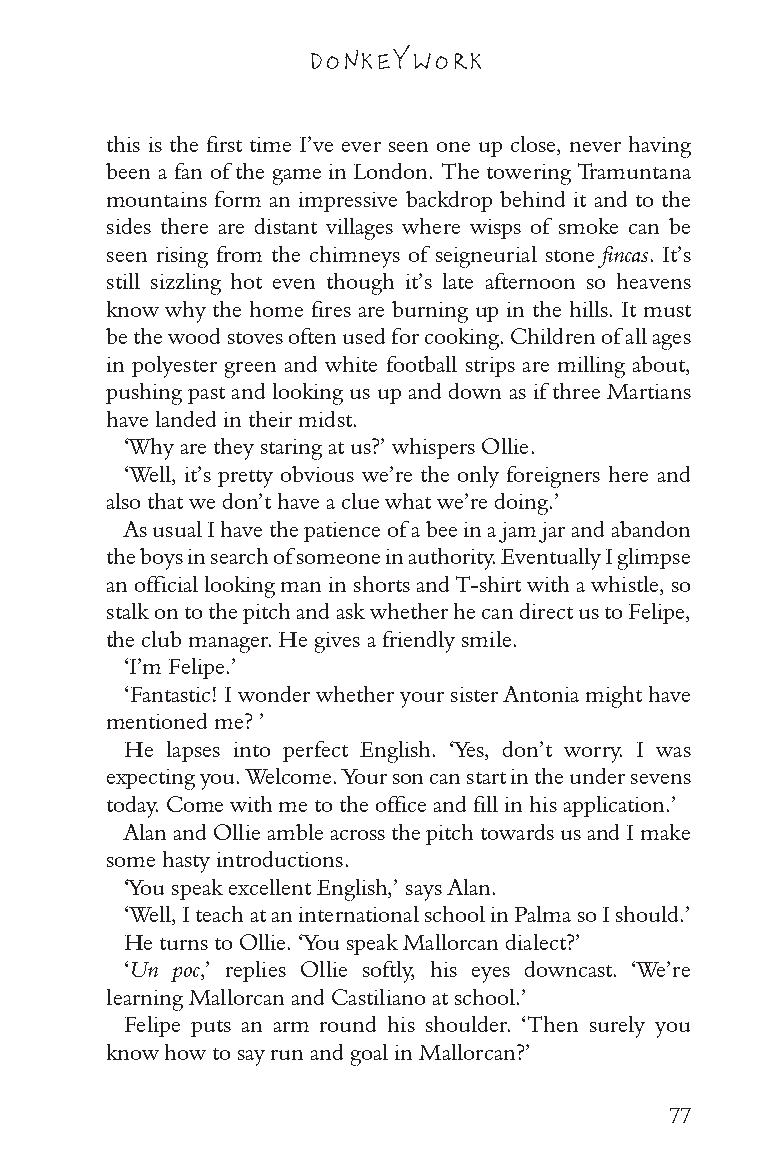
DONKEY WORK
 this is the first time I’ve ever seen one up close, never having
 been a fan of the game in London. The towering Tramuntana
 mountains form an impressive backdrop behind it and to the
 sides there are distant villages where wisps of smoke can be
 seen rising from the chimneys of seigneurial stone fincas. It’s
 still sizzling hot even though it’s late afternoon so heavens
 know why the home fires are burning up in the hills. It must
 be the wood stoves often used for cooking. Children of all ages
 in polyester green and white football strips are milling about,
 pushing past and looking us up and down as if three Martians
 have landed in their midst.
 ‘Why are they staring at us?’ whispers Ollie.
 ‘Well, it’s pretty obvious we’re the only foreigners here and
 also that we don’t have a clue what we’re doing.’
 As usual I have the patience of a bee in a jam jar and abandon
 the boys in search of someone in authority. Eventually I glimpse
 an official looking man in shorts and T-shirt with a whistle, so
 stalk on to the pitch and ask whether he can direct us to Felipe,
 the club manager. He gives a friendly smile.
 ‘I’m Felipe.’
 ‘Fantastic! I wonder whether your sister Antonia might have
 mentioned me? ’
 He lapses into perfect English. ‘Yes, don’t worry. I was
 expecting you. Welcome. Your son can start in the under sevens
 today. Come with me to the office and fill in his application.’
 Alan and Ollie amble across the pitch towards us and I make
 some hasty introductions.
 ‘You speak excellent English,’ says Alan.
 ‘Well, I teach at an international school in Palma so I should.’
 He turns to Ollie. ‘You speak Mallorcan dialect?’
 ‘Un poc,’ replies Ollie softly, his eyes downcast. ‘We’re
 learning Mallorcan and Castiliano at school.’
 Felipe puts an arm round his shoulder. ‘Then surely you
 know how to say run and goal in Mallorcan?’
 77